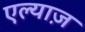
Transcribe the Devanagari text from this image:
एल्याज़